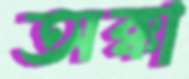
অক্কা